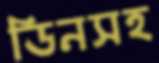
ডিনসহ